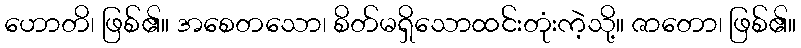
ဟောတိ၊ ဖြစ်၏။ အစေတသော၊ စိတ်မရှိသောထင်းတုံးကဲ့သို့။ ဇာတော၊ ဖြစ်၏။